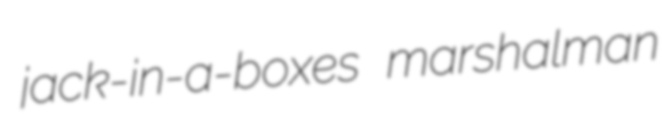
jack-in-a-boxes marshalman